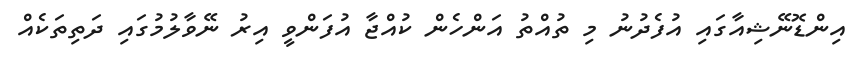
އިންޑޮނޭޝިއާގައި އުފެދުނު މި ތުއްތު އަންހެން ކުއްޖާ އުފަންވީ އިރު ނޭވާލުމުގައި ދަތިތަކެއް